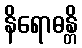
နိရောဓန္တိ